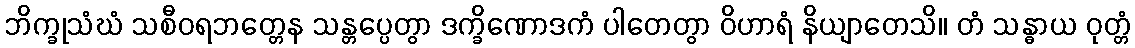
ဘိက္ခုသံဃံ သစီဝရဘတ္တေန သန္တပ္ပေတွာ ဒက္ခိဏောဒကံ ပါတေတွာ ဝိဟာရံ နိယျာတေသိ။ တံ သန္ဓာယ ဝုတ္တံ